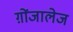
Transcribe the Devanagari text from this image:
ग़ोंजालेज